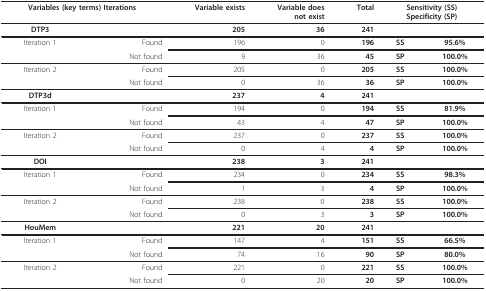
| <COLSPAN=2> Variables (key terms) Iterations | Variable exists | Variable does not exist | Total | <COLSPAN=2> Sensitivity (SS) Specificity (SP) |
 | --- | --- | --- | --- | --- | --- | --- |
 | DTP3 |  | 205 | 36 | 241 |  |  |
 | Iteration 1 | Found | 196 | 0 | 196 | SS | 95.6% |
 |  | Not found | 9 | 36 | 45 | SP | 100.0% |
 | Iteration 2 | Found | 205 | 0 | 205 | SS | 100.0% |
 |  | Not found | 0 | 36 | 36 | SP | 100.0% |
 | DTP3d |  | 237 | 4 | 241 |  |  |
 | Iteration 1 | Found | 194 | 0 | 194 | SS | 81.9% |
 |  | Not found | 43 | 4 | 47 | SP | 100.0% |
 | Iteration 2 | Found | 237 | 0 | 237 | SS | 100.0% |
 |  | Not found | 0 | 4 | 4 | SP | 100.0% |
 | DOI |  | 238 | 3 | 241 |  |  |
 | Iteration 1 | Found | 234 | 0 | 234 | SS | 98.3% |
 |  | Not found | 1 | 3 | 4 | SP | 100.0% |
 | Iteration 2 | Found | 238 | 0 | 238 | SS | 100.0% |
 |  | Not found | 0 | 3 | 3 | SP | 100.0% |
 | HouMem |  | 221 | 20 | 241 |  |  |
 | Iteration 1 | Found | 147 | 4 | 151 | SS | 66.5% |
 |  | Not found | 74 | 16 | 90 | SP | 80.0% |
 | Iteration 2 | Found | 221 | 0 | 221 | SS | 100.0% |
 |  | Not found | 0 | 20 | 20 | SP | 100.0% |